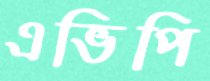
এভিপি